Vaccination report Assam 1896-1927 - 1896-1927
Year: 1896
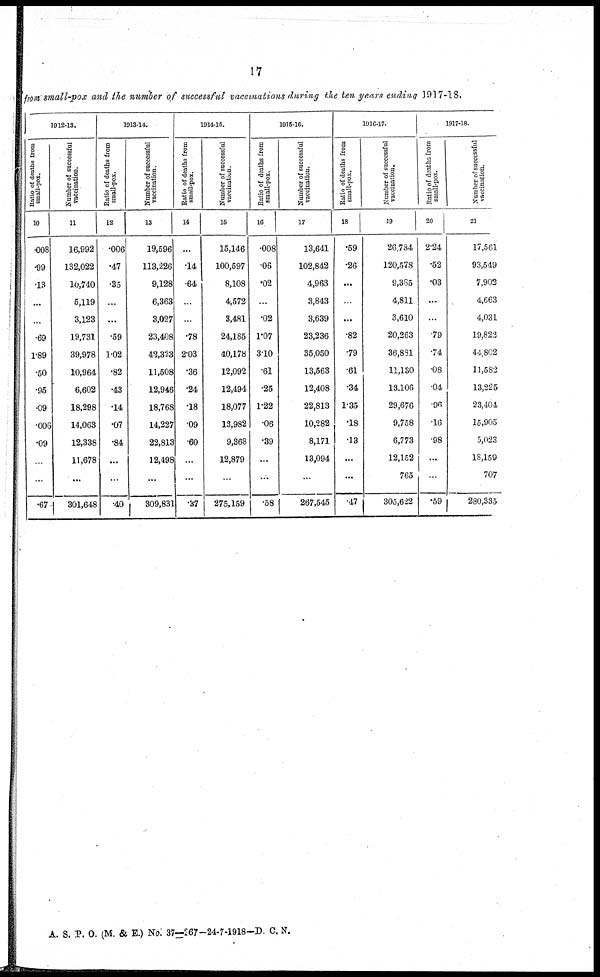
17
from small-pox and the number of successful vaccinations during the ten years ending 1917-18.
1912-13.
Ratio of deaths from
small-pox.
10
.008
.99
.13
...
...
.69
1.89
.50
.95
.09
.006
.09
...
...
.67
Number of successful
vaccination.
11
16,992
132,022
10,740
5,119
3,123
19,731
39,978
10,964
6,602
18,298
14,063
12,338
11,678
...
301,648
1913-14.
Ratio of deaths from
small-pox.
12
.006
.47
.35
...
...
.59
1.02
.82
.43
.14
.07
.84
...
...
.40
Number of successful
vaccination.
13
19,596
113,226
9,128
6,363
3,027
23,408
42,323
11,508
12,946
18,768
14,227
22,813
12,498
...
309,831
1914-15.
Ratio of deaths from
small-pox.
14
...
.14
.64
...
...
.78
2.03
.36
.24
.18
.09
.60
...
...
.37
Number of successful
vaccination.
15
15,146
100,597
8,108
4,572
3,481
24,185
40,178
12,092
12,494
18,077
13,982
9,368
12,879
...
275,159
1915-16.
Ratio of deaths from
small-pox.
16
.008
.06
.02
...
.02
1.07
3.10
.61
.25
1.22
.06
.39
...
...
.58
Number of successful
vaccination.
17
13,641
102,842
4,963
3,843
3,639
23,236
35,050
13,563
12,408
22,813
10,282
8,171
13,094
...
267,545
1916-17.
Ratio of deaths from
small-pox.
18
.59
.26
...
...
.82
.79
.61
.34
1.35
.18
.13
...
...
.47
Number of successful
vaccination.
19
26,734
120,578
9,385
4,811
3,610
20,263
36,881
11,130
13,106
29,676
9,758
6,773
12,152
765
305,622
1917-18.
Ratio of deaths from
small-pox.
20
2.24
.52
.03
...
...
79
.74
.08
.04
.96
.16
.98
...
...
.59
Number of successful
vaccination.
21
17,561
93,549
7,902
4,663
4,031
19,822
44,802
11,582
13,225
23,404
15,905
5,023
18,159
707
280,335
A. S. P. O. (M. & E.) No. 37—267-24-7-1918-D. C. N.